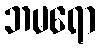
ဘမရော